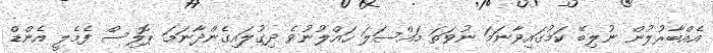
އެއްބާރުލުން ނުލިބޭ ކަމުގައިވާނަމަ ނުވަތަ މައްސަލަ ހައްލުނުވެ ދިގުލައިގެންދާނަމަ ޕޮލިސް ފެމެލީ އެންޑް